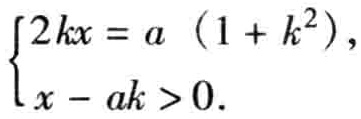
\(\begin{cases}2kx = a\ (1 + k^{2}),\\x - ak > 0.\end{cases}\)